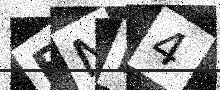
Text: BNF4